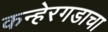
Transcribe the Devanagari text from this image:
कन्हेरगडाचा